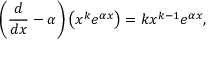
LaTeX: \left( { \frac { d } { d x } } - \alpha \right) \left( x ^ { k } e ^ { \alpha x } \right) = k x ^ { k - 1 } e ^ { \alpha x } ,